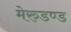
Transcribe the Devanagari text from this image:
मेरुडण्ड